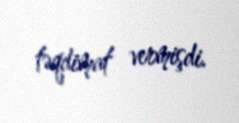
təqdimat vermişdi.